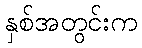
နှစ်အတွင်းက